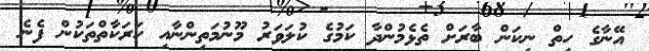
އޭނާގެ ހިތް ނިކަން ބާރަށް ތެޅެމުންދާ ކަމުގެ ކުލަވަރު މޫނުމަތިންނާއި ހަރަކާތްތަކުން ފެނެ